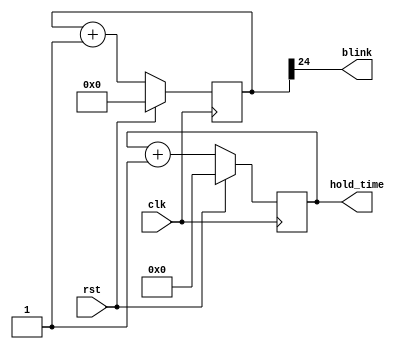
module blinker_10 (
    input clk,
    input rst,
    output reg blink,
    output reg [26:0] hold_time
  );
  
  
  
  reg [25:0] M_counter_d, M_counter_q = 1'h0;
  
  reg [26:0] M_holder_d, M_holder_q = 1'h0;
  
  always @* begin
    M_holder_d = M_holder_q;
    M_counter_d = M_counter_q;
    
    blink = M_counter_q[24+0-:1];
    M_counter_d = M_counter_q + 1'h1;
    hold_time = M_holder_q[0+26-:27];
    M_holder_d = M_holder_q + 1'h1;
  end
  
  always @(posedge clk) begin
    if (rst == 1'b1) begin
      M_holder_q <= 1'h0;
    end else begin
      M_holder_q <= M_holder_d;
    end
  end
  
  
  always @(posedge clk) begin
    if (rst == 1'b1) begin
      M_counter_q <= 1'h0;
    end else begin
      M_counter_q <= M_counter_d;
    end
  end
  
endmodule